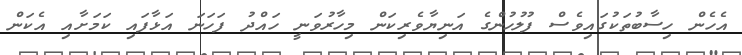
އެހެން ހިސާބުތަކުގައިވެސް ފުލުހުންގެ އަނިޔާވެރިކަން މިހާރުވަނީ ހައްދު ފަހަނަ އަޅާފައި ކަމަށާއި އެކަން